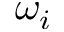
\omega _ { i }